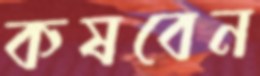
কষবেন